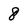
Character: 8